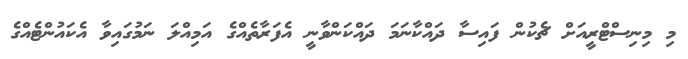
މި މިނިސްޓްރީއަށް ޗެކުން ފައިސާ ދައްކާނަމަ ދައްކަންވާނީ އެފަރާތެއްގެ އަމިއްލަ ނަމުގައިވާ އެކައުންޓެއްގެ